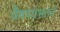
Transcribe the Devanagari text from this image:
वैष्णवभक्तों